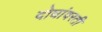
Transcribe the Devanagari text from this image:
दोघांवरती